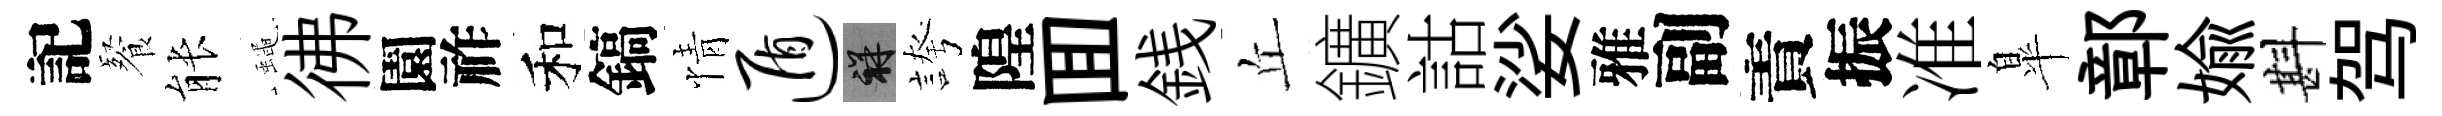
記餐䏻蠅彿園祚和鎬情遁祥誇隍囬銭丘鑛詁娑雅副責振准臯鄣媮斟驾